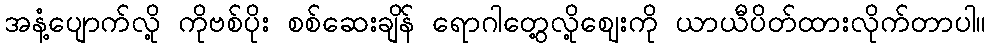
အနံ့ပျောက်လို့ ကိုဗစ်ပိုး စစ်ဆေးချိန် ရောဂါတွေ့လို့ဈေးကို ယာယီပိတ်ထားလိုက်တာပါ။